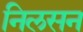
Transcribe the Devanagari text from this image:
निलसन